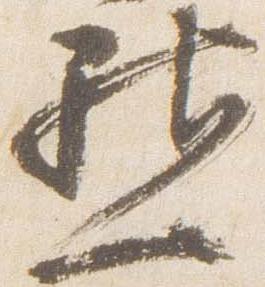
点